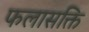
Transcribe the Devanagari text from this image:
फलासक्ति